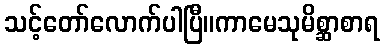
သင့်တော်လောက်ပါပြီ။ကာမေသုမိစ္ဆာစာရ